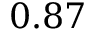
0 . 8 7